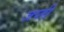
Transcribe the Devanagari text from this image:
जप्‍ती